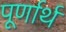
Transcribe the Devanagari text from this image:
पूर्णार्थ